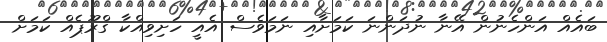
ބައެއް އަންހެނުން އޭނާ ނުދަންނަ ކަމަށާއި ނަމަވެސް އެއީ ހަށިވިއްކާ ގްރޫޕެއް ކަމަށް